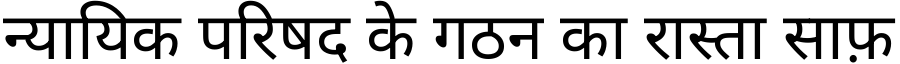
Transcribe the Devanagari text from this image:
न्यायिक परिषद के गठन का रास्ता साफ़